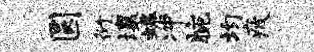
圆衍壤蜷冲腕均疲